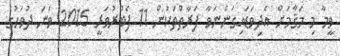
ވީމާ މި މަޤާމަށް އެދިވަޑައިގަންނަވާ ފަރާތްތަކުން 11 ފެބުރުވަރީ 2015 ވަނަ ދުވަހުގެ